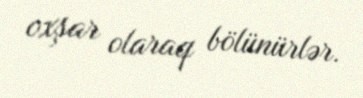
oxşar olaraq bölünürlər.